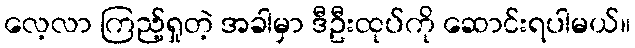
လေ့လာ ကြည့်ရှုတဲ့ အခါမှာ ဒီဦးထုပ်ကို ဆောင်းရပါမယ်။